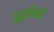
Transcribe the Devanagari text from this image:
युद्धविधी